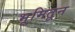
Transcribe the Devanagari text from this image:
भूमितून